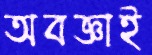
অবজ্ঞাই